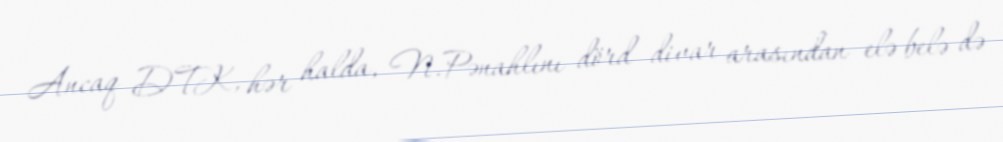
Ancaq DTK, hər halda, N.Pənahlını dörd divar arasından elə belə də